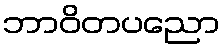
ဘာဝိတပညော